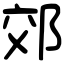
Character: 郊